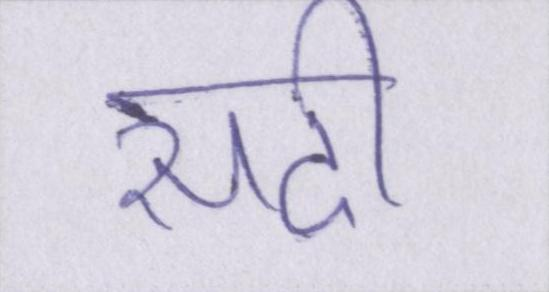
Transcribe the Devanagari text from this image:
सदी